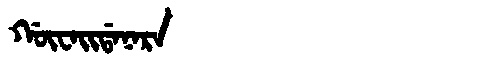
Manchu: ᡤᡡᠸᠠᡳᡩᠠᠨᠠᡵᠠ
Romanization: GŪWAIDANARA